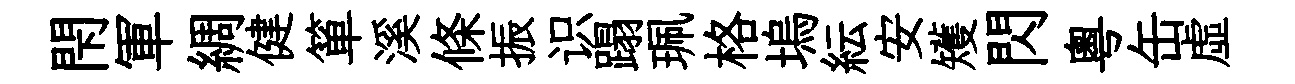
閇軍綢健箪溪條振识蹋珮格塢紜安矱閃粤缶虚